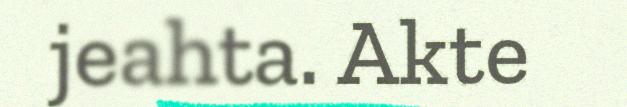
jeahta. Akte